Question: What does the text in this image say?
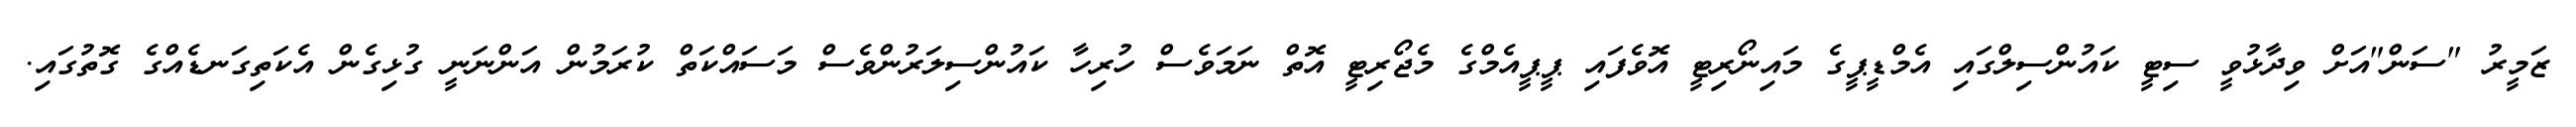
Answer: ޒަމީރު "ސަން"އަށް ވިދާޅުވީ ސިޓީ ކައުންސިލްގައި އެމްޑީޕީގެ މައިނޯރިޓީ އޮވެފައި ޕީޕީއެމްގެ މެޖޯރިޓީ އޮތް ނަމަވެސް ހުރިހާ ކައުންސިލަރުންވެސް މަސައްކަތް ކުރަމުން އަންނަނީ ގުޅިގެން އެކަތިގަނޑެއްގެ ގޮތުގައި.